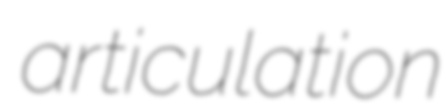
articulation